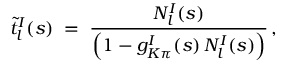
\tilde { t } _ { l } ^ { I } ( s ) \; = \; \frac { N _ { l } ^ { I } ( s ) } { \Big ( 1 - g _ { K \pi } ^ { I } ( s ) \, N _ { l } ^ { I } ( s ) \Big ) } \, ,